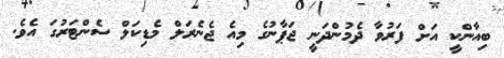
ބިއާންކީ އަށް ފަރުވާ ދެމުންދަނީ ޖަޕާނުގެ މިއެ ޖެނެރަލް މެޑިކަލް ސެންޓަރުގަ އެވެ.